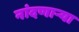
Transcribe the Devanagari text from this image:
नांदणाऱ्या